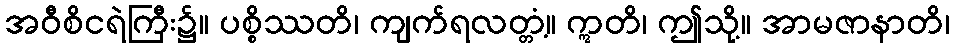
အဝီစိငရဲကြီး၌။ ပစ္စိဿတိ၊ ကျက်ရလတ္တံ့။ ဣတိ၊ ဤသို့။ အာမဇာနာတိ၊